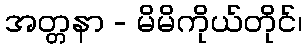
အတ္တနာ - မိမိကိုယ်တိုင်၊